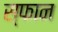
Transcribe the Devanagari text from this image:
स्फान